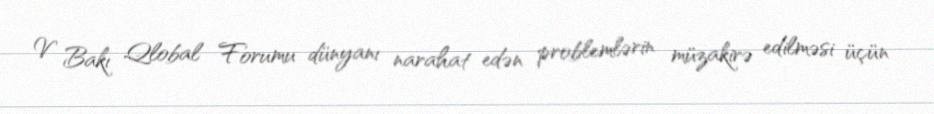
V Bakı Qlobal Forumu dünyanı narahat edən problemlərin müzakirə edilməsi üçün